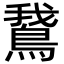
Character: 鵞